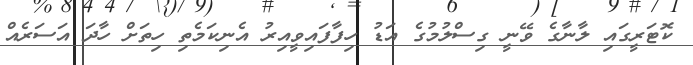
ކޮޓަރީގައި ލާނާގެ ވޭނީ ގިސްލުމުގެ އަޑު ހިފާފައިވީއިރު އެނިކަމެތި ހިތަށް ހާދަ އަސަރެއް